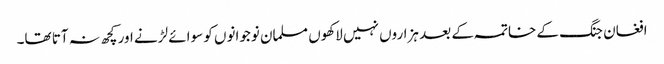
افغان جنگ کے خاتمہ کے بعد ہزاروں نہیں لاکھوں مسلمان نوجوانوں کو سوائے لڑنے اور کچھ نہ آتا تھا۔